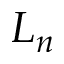
L _ { n }